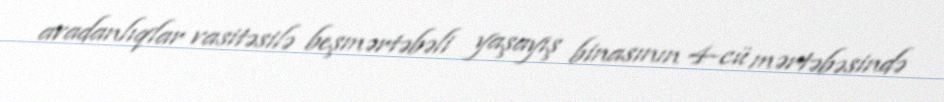
avadanlıqlar vasitəsilə beşmərtəbəli yaşayış binasının 4-cü mərtəbəsində